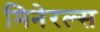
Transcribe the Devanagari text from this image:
मिनेरल्स